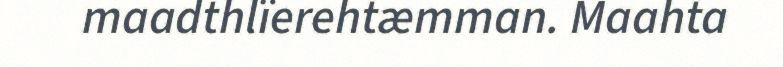
maadthlïerehtæmman. Maahta